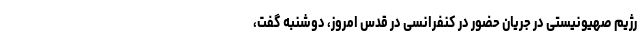
رژیم صهیونیستی در جریان حضور در کنفرانسی در قدس امروز، دوشنبه گفت،